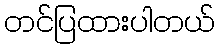
တင်ပြထားပါတယ်